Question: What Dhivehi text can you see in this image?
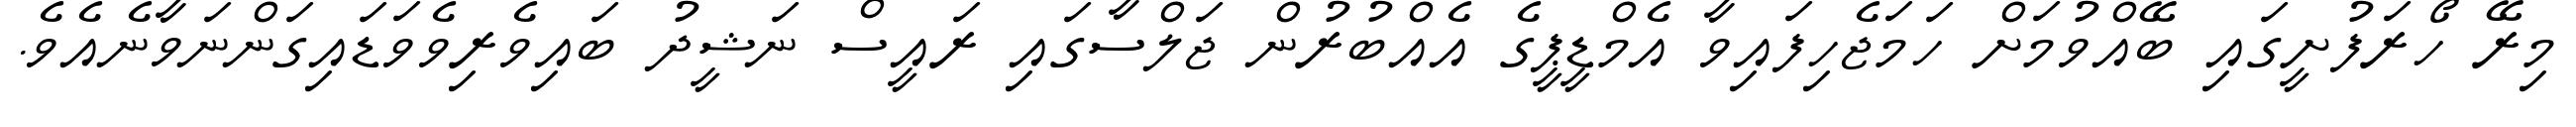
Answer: މިރޭ ހޯރަފުށީގައި ބޭއްވުމަށް ހަމަޖެހިފައިވާ އެމްޑީޕީގެ އެއްބުރުން ޖަލްސާގައި ރައީސް ނަޝީދު ބައިވެރިވެވަޑައިގަންނަވާނެއެވެ.